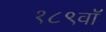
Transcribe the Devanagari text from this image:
१८९वॉ